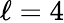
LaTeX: \ell=4